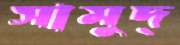
সামুদ্